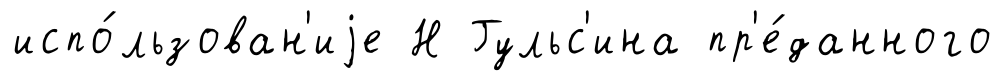
испо́льзован'иjе Н Гульс'ина пр'е́данного